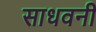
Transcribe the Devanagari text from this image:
साधवनी